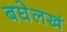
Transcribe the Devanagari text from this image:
बघेलखं